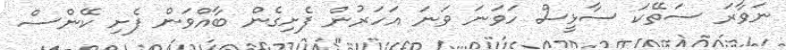
ނަވާރަ ސަތޭކަ ސާޅީސް ހަވަނަ ވަނަ އަހަރުން ފެށިގެން ބާއްވަން ފެށި ކޭންސް